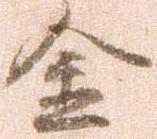
金